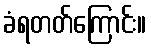
ခံရတတ်ကြောင်း။